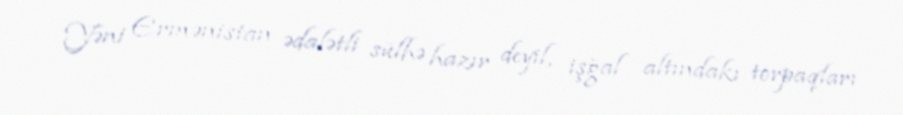
Yəni Ermənistan ədalətli sülhə hazır deyil, işğal altındakı torpaqları